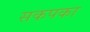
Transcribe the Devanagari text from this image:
सकपका